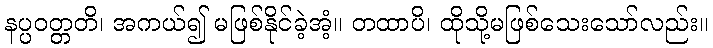
နပ္ပဝတ္တတိ၊ အကယ်၍ မဖြစ်နိုင်ခဲ့အံ့။ တထာပိ၊ ထိုသို့မဖြစ်သေးသော်လည်း။